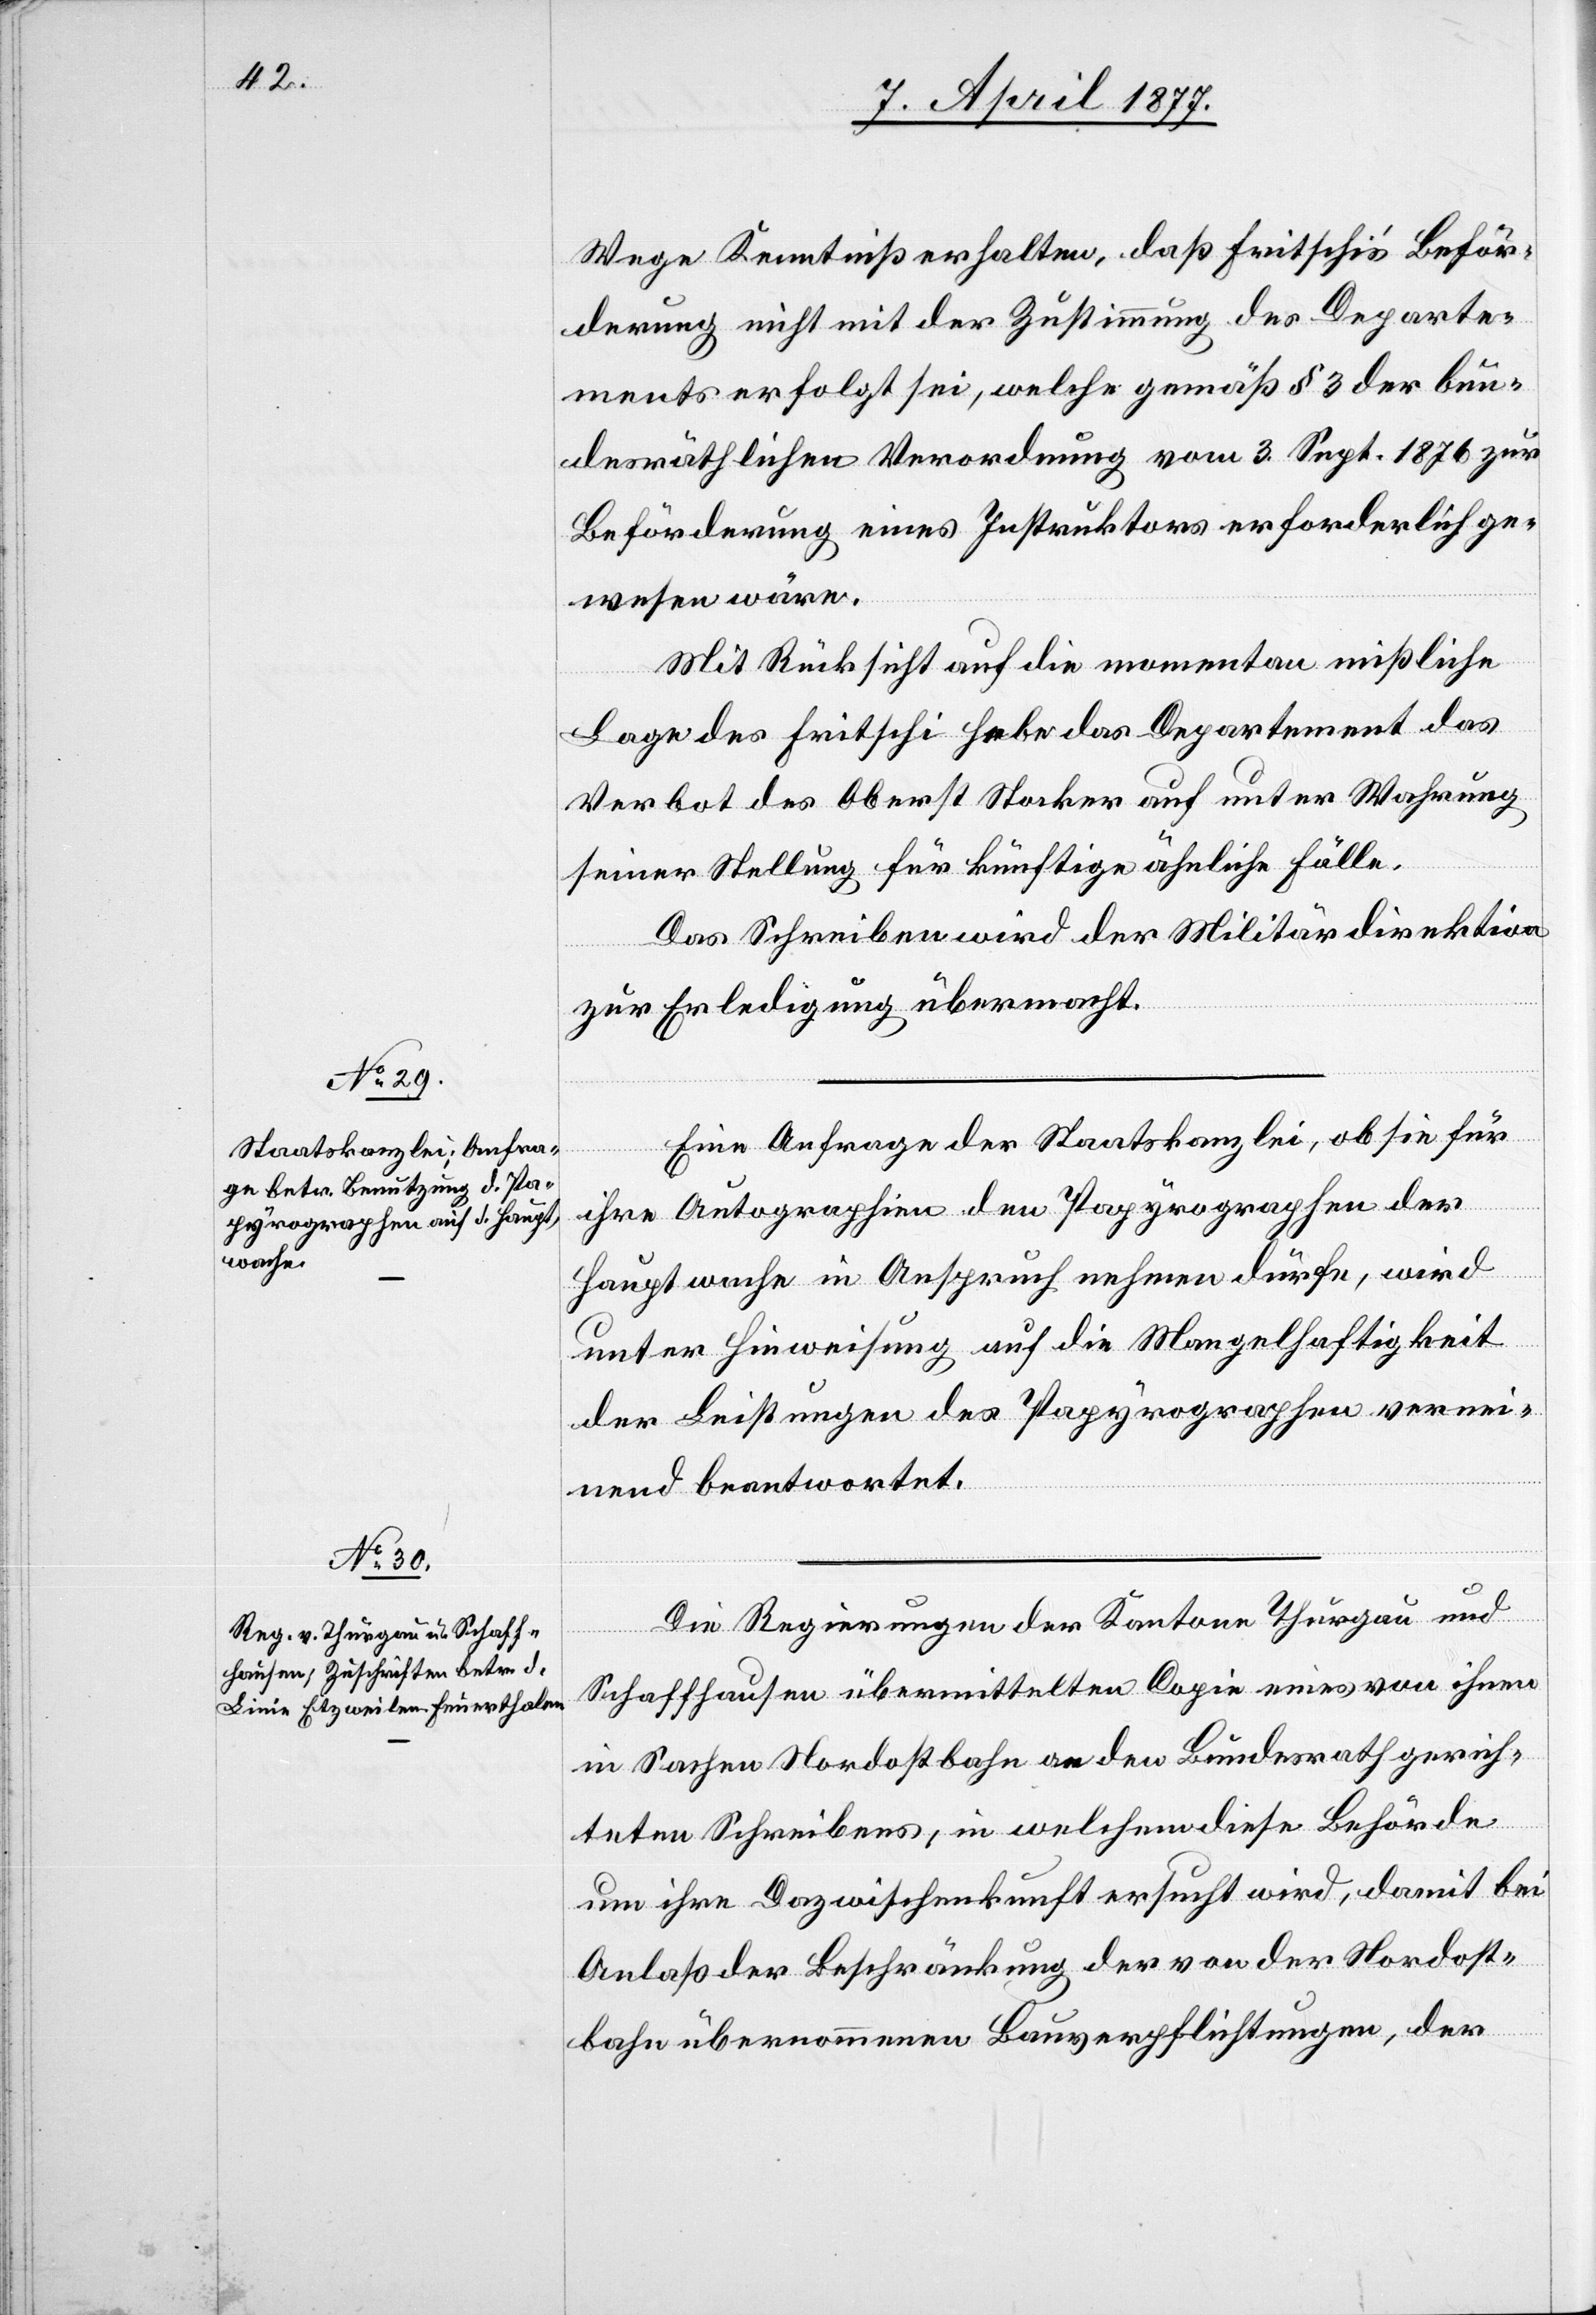
Wege Kenntniß erhalten, daß Fritschi’s Beför¬
derung nicht mit der Zustimmung des Departe¬
ments erfolgt sei, welche gemäß § 3 der bun¬
desräthlichen Verordnung vom 3. Sept. 1876 zur
Beförderung eines Instruktors erforderlich ge¬
wesen wäre.
Mit Rücksicht auf die momentan mißliche
Lage des Fritschi hebe das Departement das
Verbot des Oberst Stocker auf unter Wahrung
seiner Stellung für künftige ähnliche Fälle.
Das Schreiben wird der Militärdirektion
zur Erledigung übermacht.
Eine Anfrage der Staatskanzlei, ob sie für
ihre Autographien den Papyrographen der
Hauptwache in Anspruch nehmen dürfe, wird
unter Hinweisung auf die Mangelhaftigkeit
der Leistungen des Papyrographen vernei¬
nend beantwortet.
Die Regierungen der Kantone Thurgau und
Schaffhausen übermittelten Copie eines von ihnen
in Sachen Nordostbahn an den Bundesrath gerich¬
teten Schreibens, in welchem diese Behörde
um ihre Dazwischenkunft ersucht wird, damit bei
Anlaß der Beschränkung der von der Nordost¬
bahn übernommenen Bauverpflichtungen, der